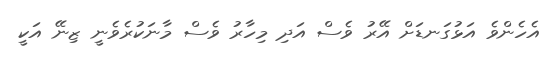
އެހެންވެ އަޅުގަނޑަށް އޭރު ވެސް އަދި މިހާރު ވެސް މާނަކުރެވެނީ ޒިނޭ އަކީ